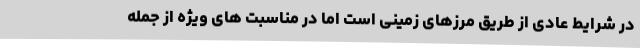
در شرایط عادی از طریق مرزهای زمینی است اما در مناسبت های ویژه از جمله